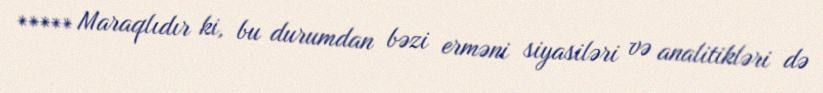
***** Maraqlıdır ki, bu durumdan bəzi erməni siyasiləri və analitikləri də